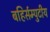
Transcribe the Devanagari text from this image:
बहिर्सम्पुटीय